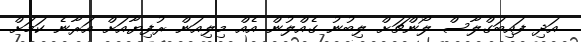
އަދި ފައިބަގްލާސް ލޯންޗަށް ލިބުނު ގެއްލުން އެއް މިލިއަން ރުފިޔާއަށް އަރާނެ ކަމަށް